Annual report on the health of the army in India
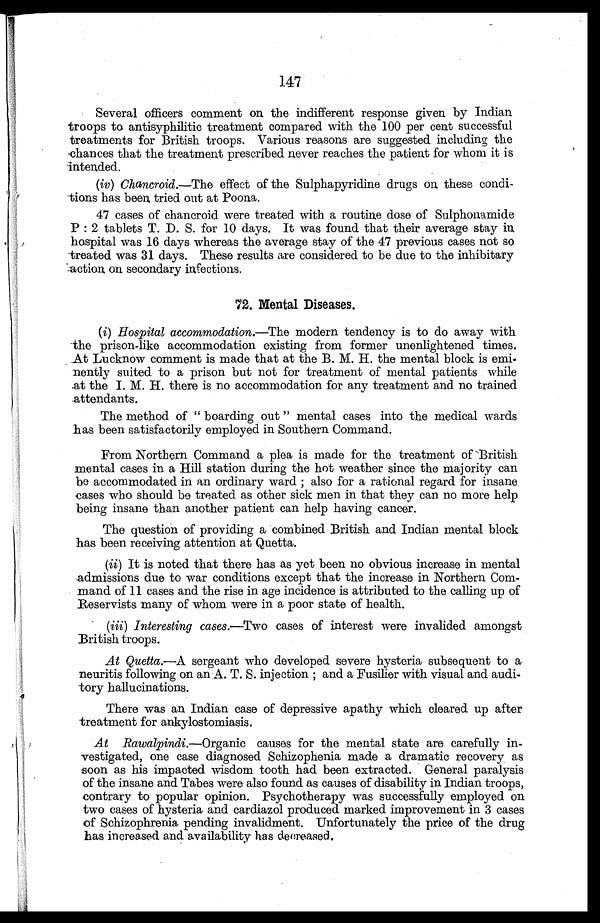
Several officers comment on the indifferent response given by Indian
troops to antisyphilitic treatment compared with the 100 per cent successful
treatments for British troops. Various reasons are suggested including the
chances that the treatment prescribed never reaches the patient for whom it is
intended.
(iv) Chancroid.—The effect of the Sulphapyridine drugs on these condi
-tions has been tried out at Poona.
47 cases of chancroid were treated with a routine dose of Sulphonamide
P:2 tablets T. D. S. for 10 days. It was found that their average stay in
hospital was 16 days whereas the average stay of the 47 previous cases not so
treated was 31 days. These results are considered to be due to the inhibitary
action on secondary infections.
72. Mental Diseases.
(i ) Hospital accommodation.—The modern tendency is to do away with
the prison-like accommodation existing from former unenlightened times.
At Lucknow comment is made that at the B. M. H. the mental block is emi
- n e n t l y s u i t e d t o a p r i s o n b u t n o t f o r t r e a t m e n t o f m e n t a l p a t i e n t s w h i l e
at the I. M. H. there is no accommodation for any treatment and no trained
attendants.
The method of "boarding out" mental cases into the medical wards
has been satisfactorily employed in Southern Command.
From Northern Command a plea is made for the treatment of British
mental cases in a Hill station during the hot weather since the majority can
be accommodated in an ordinary ward; also for a rational regard for insane
cases who should be treated as other sick men in that they can no more help
being insane than another patient can help having cancer.
The question of providing a combined British and Indian mental block
has been receiving attention at Quetta.
(ii) It is noted that there has as yet been no obvious increase in mental
.admissions due to war conditions except that the increase in Northern Com
- m a n d o f 1 1 c a s e s a n d t h e r i s e i n a g e i n c i d e n c e i s a t t r i b u t e d t o t h e c a l l i n g u p o f
Reservists many of whom were in a poor state of health.
(iii) Interesting cases.—Two cases of interest were invalided amongst
British troops.
At Quetta.—A sergeant who developed severe hysteria subsequent to a
neuritis following on an A. T. S. injection; and a Fusilier with visual and audi
- t o r y h a l l u c i n a t i o n s .
There was an Indian case of depressive apathy which cleared up after
treatment for ankylostomiasis.
At Rawalpindi .—Organic causes for the mental state are carefully in
- v e s t i g a t e d , o n e c a s e d i a g n o s e d S c h i z o p h e n i a m a d e a d r a m a t i c r e c o v e r y a s
soon as his impacted wisdom tooth had been extracted. General paralysis
of the insane and Tabes were also found as causes of disability in Indian troops,
contrary to popular opinion. Psychotherapy was successfully employed on
two cases of hysteria and cardiazol produced marked improvement in 3 cases
of Schizophrenia pending invalidment. Unfortunately the price of the drug
has increased and availability has decreased.